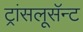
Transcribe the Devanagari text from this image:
ट्रांसलूसॅन्ट